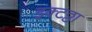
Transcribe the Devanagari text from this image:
इक्टठ्ठा